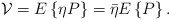
\begin{align*}{\mathcal V} = E\left\{ \eta P \right\} = \bar{\eta} E\left\{ P \right\}.\end{align*}